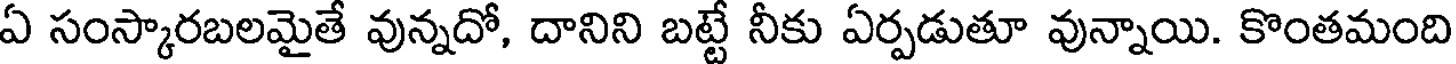
ఏ సంస్కారబలమైతే వున్నదో, దానిని బట్టే నీకు ఏర్పడుతూ వున్నాయి. కొంతమంది